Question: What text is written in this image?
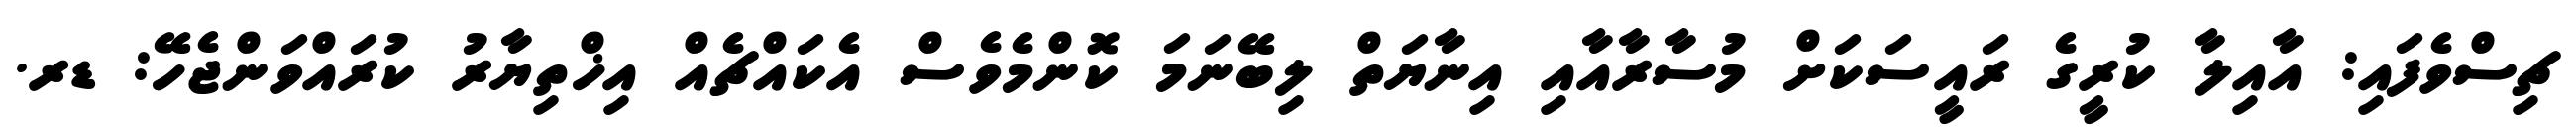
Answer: ޗިސްވެފައި: އާއިލާ ކުރީގެ ރައީސަކަށް މުސާރާއާއި އިނާޔަތް ލިބޭނަމަ ކޮންމެވެސް އެކައްޗެއް އިޚްތިޔާރު ކުރައްވަންޖެހޭ: ޑރ.